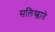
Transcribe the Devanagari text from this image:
सलिच्य्लाते